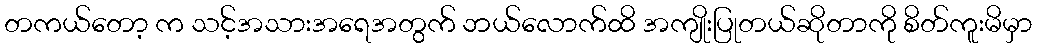
တကယ်တော့ က သင့်အသားအရေအတွက် ဘယ်လောက်ထိ အကျိုးပြုတယ်ဆိုတာကို စိတ်ကူးမိမှာ